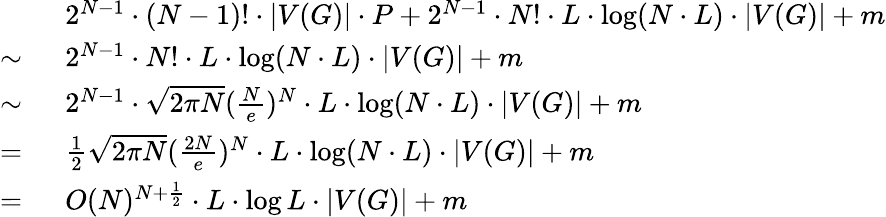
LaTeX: \begin{array}{rl}&{2^{N-1}\cdot(N-1)!\cdot|V(G)|\cdot P+2^{N-1}\cdot N!\cdot L\cdot\log(N\cdot L)\cdot|V(G)|+m}\\ {\sim\ }&{2^{N-1}\cdot N!\cdot L\cdot\log(N\cdot L)\cdot|V(G)|+m}\\ {\sim\ }&{2^{N-1}\cdot\sqrt{2\pi N}(\frac{N}{e})^{N}\cdot L\cdot\log(N\cdot L)\cdot|V(G)|+m}\\ {=\ }&{\frac{1}{2}\sqrt{2\pi N}(\frac{2N}{e})^{N}\cdot L\cdot\log(N\cdot L)\cdot|V(G)|+m}\\ {=\ }&{O(N)^{N+\frac{1}{2}}\cdot L\cdot\log L\cdot|V(G)|+m}\end{array}